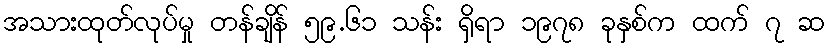
အသားထုတ်လုပ်မှု တန်ချိန် ၅၉.၆၁ သန်း ရှိရာ ၁၉၇၈ ခုနှစ်က ထက် ၇ ဆ